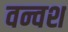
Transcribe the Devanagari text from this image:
वन्वश